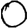
Digit: 0